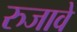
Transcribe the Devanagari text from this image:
रुजावे